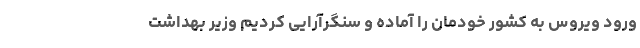
ورود ویروس به کشور خودمان را آماده و سنگرآرایی کردیم وزیر بهداشت